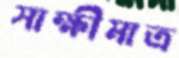
সাক্ষীমাত্র